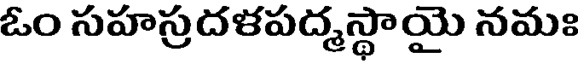
ఓం సహస్రదళపద్మస్థాయై నమః